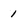
Character: 1